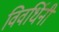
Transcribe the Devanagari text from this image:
विवर्धिनी